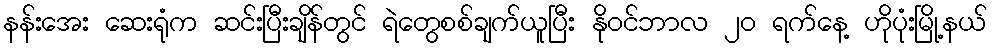
နန်းအေး ဆေးရုံက ဆင်းပြီးချိန်တွင် ရဲတွေစစ်ချက်ယူပြီး နိုဝင်ဘာလ ၂၀ ရက်နေ့ ဟိုပုံးမြို့နယ်